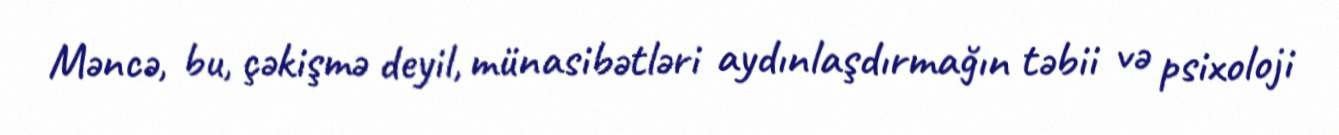
Məncə, bu, çəkişmə deyil, münasibətləri aydınlaşdırmağın təbii və psixoloji